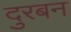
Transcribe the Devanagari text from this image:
दुरबन